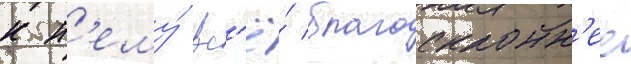
к н'ему́ вс'ё́ благосклонн'ее